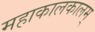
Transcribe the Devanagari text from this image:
महाकालकालम्